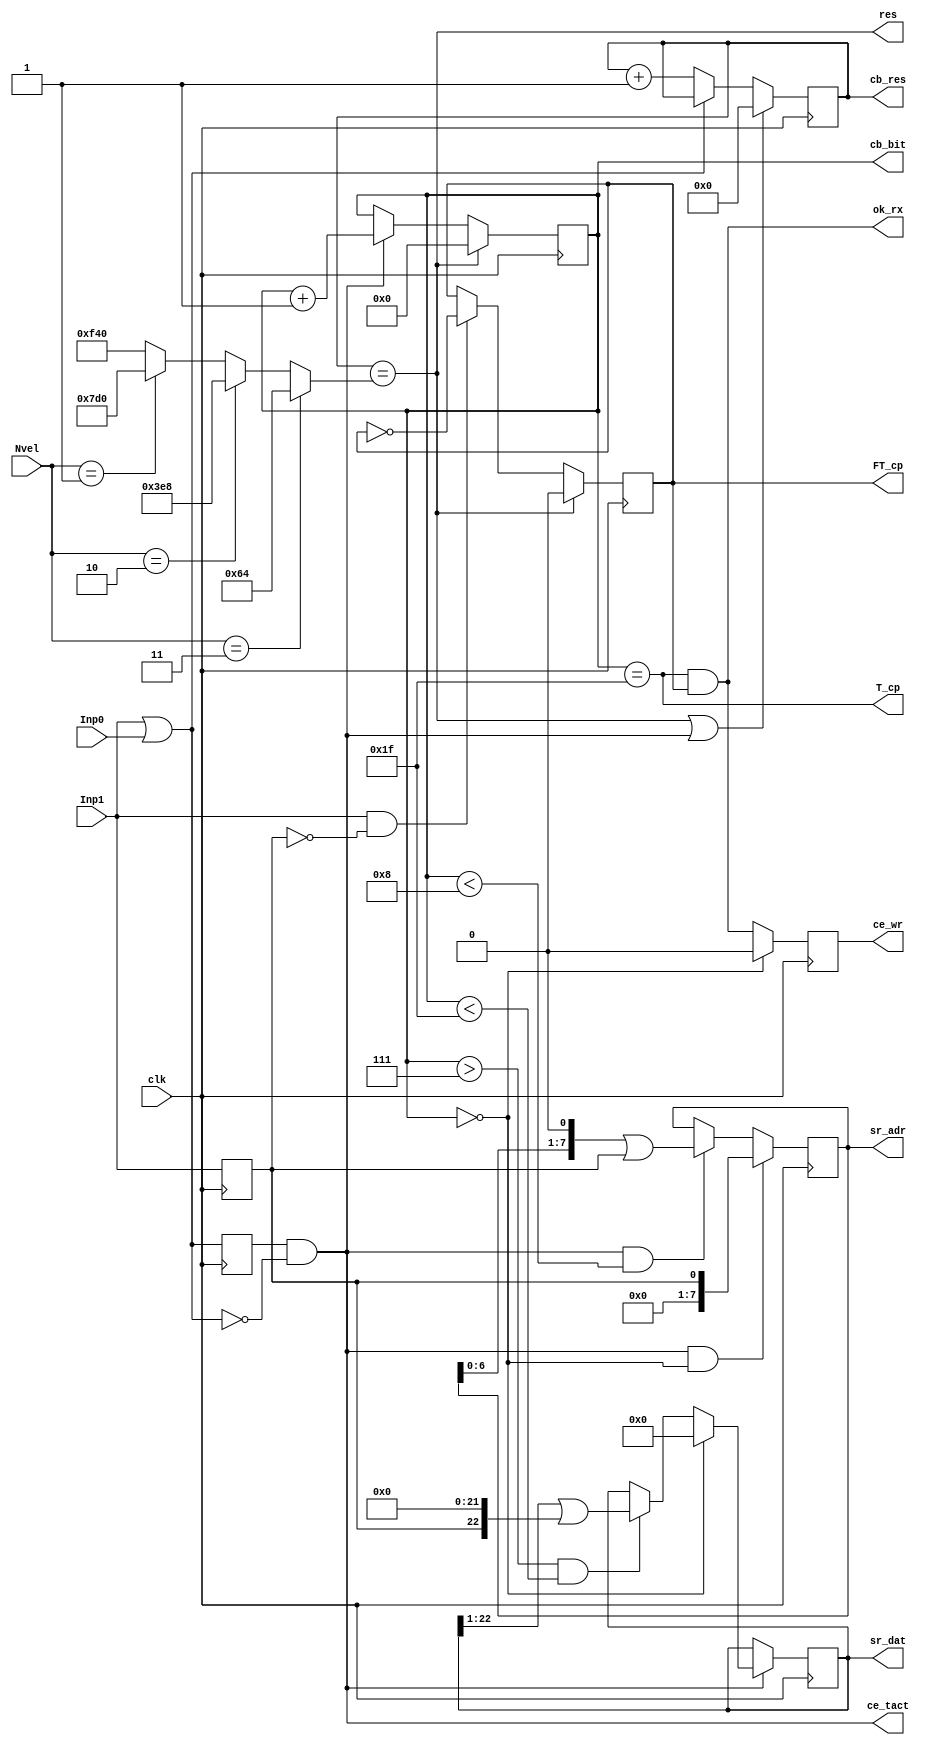
`timescale 1ns / 1ps
//////////////////////////////////////////////////////////////////////////////////
// Company: 
// Engineer: 
// 
// Design Name: 
// Module Name:    AR_RXD 
// Project Name: 
// Target Devices: 
// Tool versions: 
// Description: 
//
// Dependencies: 
//
// Revision: 
// Revision 0.01 - File Created
// Additional Comments: 
//
//////////////////////////////////////////////////////////////////////////////////
module AR_RXD (input Inp1,			output reg [7:0] sr_adr = 0,
					input Inp0,			output reg [22:0] sr_dat = 0,
					input clk,  		output reg ce_wr = 0, 
					input [1:0] Nvel, output wire res,
											output reg [5:0]cb_bit = 0,
											output reg FT_cp = 0,
											//output reg t_Inp = 0,//
											//output reg t_Inp1 = 0,//
											output wire ce_tact,//
											output wire ok_rx,
											//output reg t_T_cp = 0,
											//output wire [11:0] bound,
											output wire T_cp,
											output reg[15:0]cb_res = 0
											);

	parameter scale_const = 100000000; // 100kk
	parameter V1Mb=1000000 ; // 1000 kb/s
	parameter V100kb=100000 ; // 100 kb/s
	parameter V50kb= 50000 ; // 50 kb/s
	parameter V12_5kb=12500 ; // 12.5 kb/s
	
	wire[11:0] bound = 	(Nvel [1:0]==3)? 	(scale_const/(V1Mb)) : //1000.000 kb/s
								(Nvel [1:0]==2)? 	(scale_const/(V100kb)) : // 100.000 kb/s
								(Nvel [1:0]==1)? 	(scale_const/(V50kb)) : // 50.000 kb/s
														(scale_const/(V12_5kb)); // 12.500 kb/s	
														
	assign T_cp = (cb_bit == 31);
	//reg t_T_cp = 0;
	reg t_Inp = 0;
	reg t_Inp1 = 0;
	
	wire Inp = Inp1|Inp0;
	assign ce_tact = (t_Inp & !Inp); //  
	assign ok_rx = T_cp & FT_cp;
	assign res = (cb_res == bound);
	//assign res = (t_T_cp & !T_cp);

	always @(posedge clk) begin
		t_Inp <= Inp;
		t_Inp1 <= Inp1;
		//t_T_cp <= T_cp;
		
		cb_res <= (res | ce_tact) ? 0 : !Inp ? cb_res + 1 : cb_res;
		ce_wr <= (cb_bit == 0) ? 0 : ok_rx;
		cb_bit <= res ? 0 : ce_tact ? cb_bit + 1 : cb_bit;
		FT_cp <= res ? 0 : (Inp1 & !t_Inp1) ? !FT_cp : FT_cp;

		sr_adr <= (ce_tact & (cb_bit == 0)) ? t_Inp1 : (ce_tact & (cb_bit < 8)) ? ((sr_adr << 1)| t_Inp1) : sr_adr;
		sr_dat <= ce_tact ? (cb_bit == 0) ? 0 : ((cb_bit > 7) & (cb_bit < 31)) ? ((sr_dat >> 1)|(t_Inp1 << 22)) : sr_dat : sr_dat;
	end
endmodule